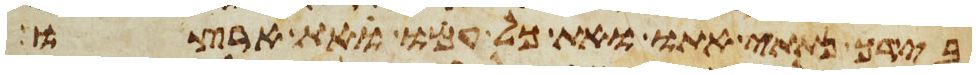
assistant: בידך נתתי אתו ואת כל עמו ואת ארצו